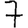
Digit: 7